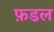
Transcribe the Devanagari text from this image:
फ़डल